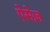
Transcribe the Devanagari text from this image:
ऐसेज़